65_HS1-834228961_62-HQ-83894_Section_8
Agency: FBI
Page 137
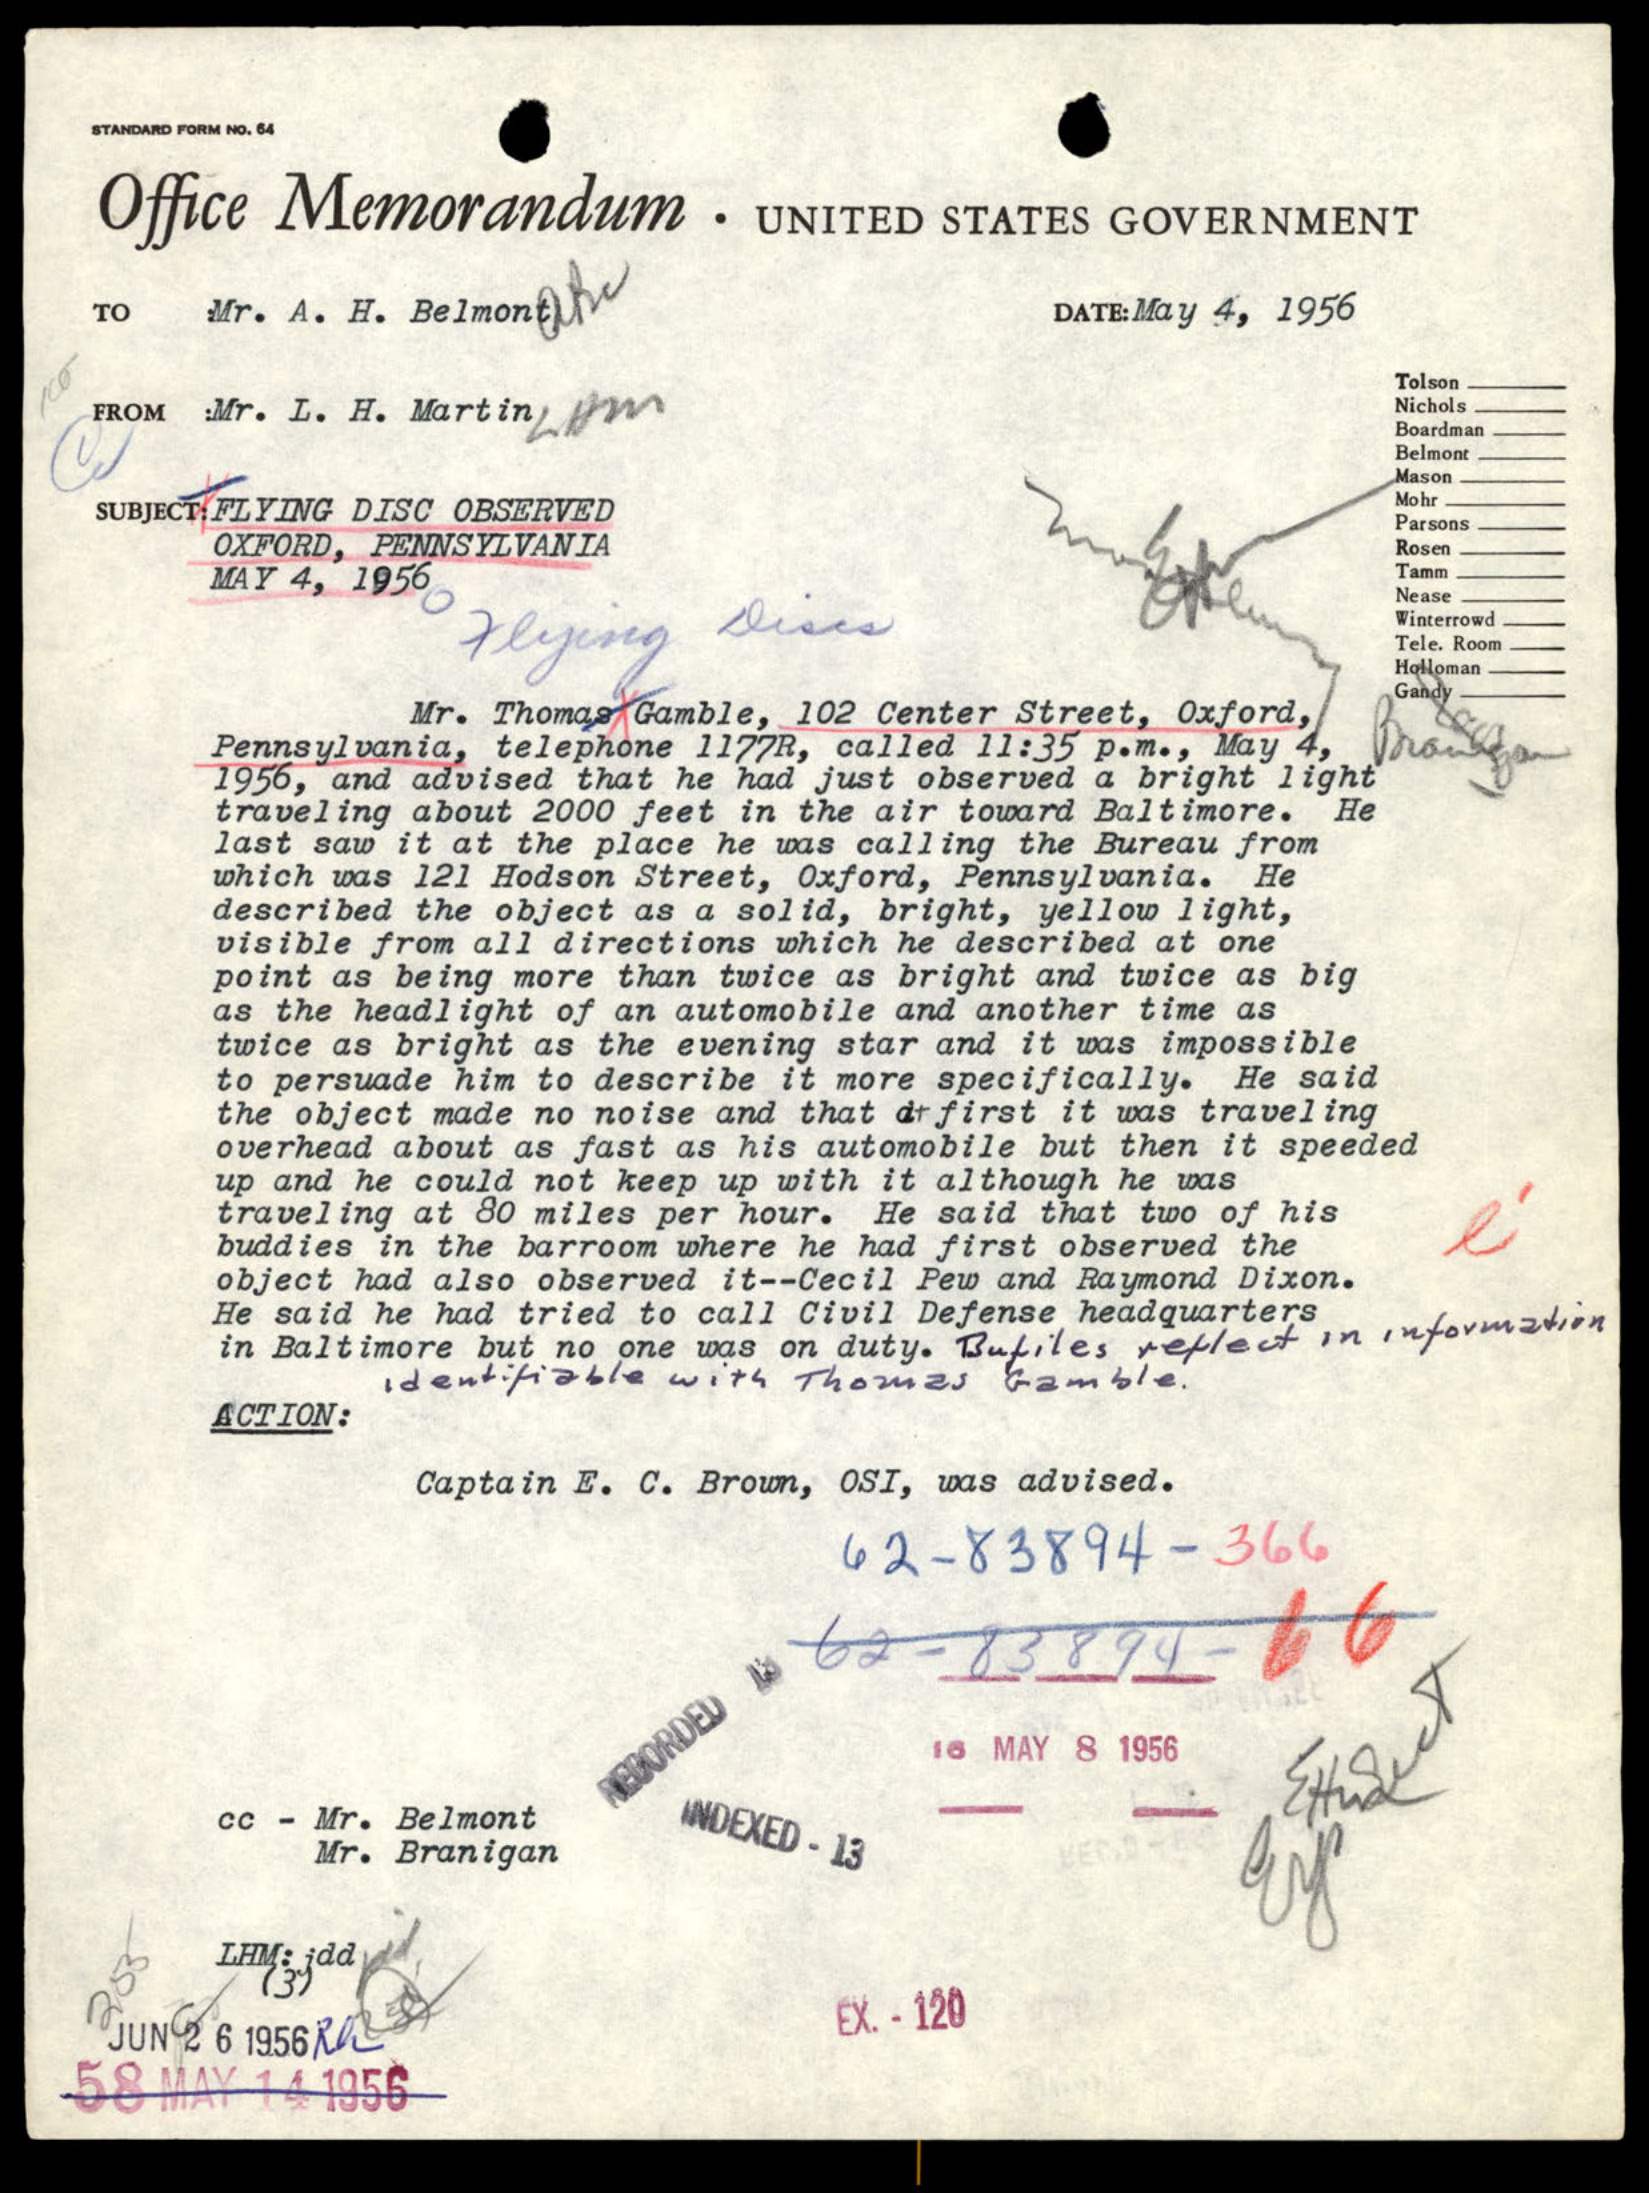